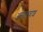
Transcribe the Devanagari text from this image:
अज्ञातवाश